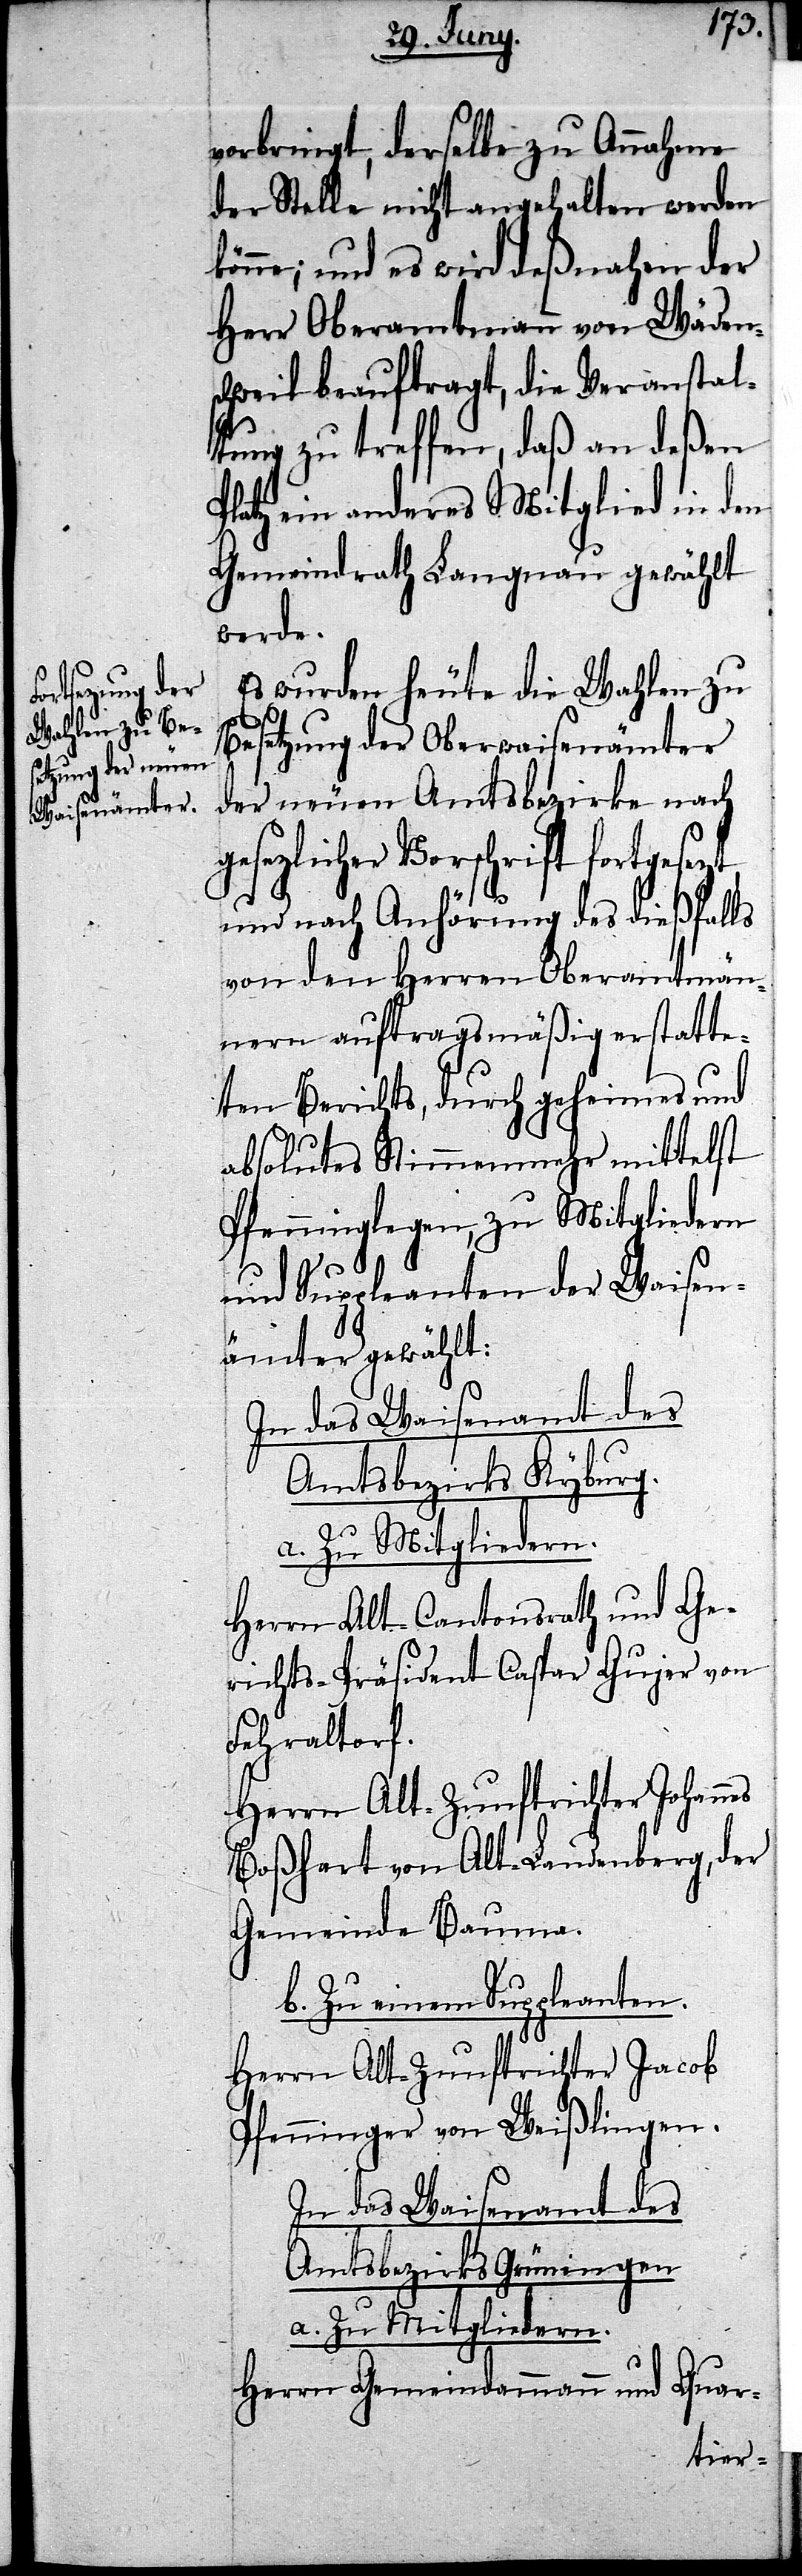
vorbringt, derselbe zu Annahme
der Stelle nicht angehalten werden
könne; und es wird deßnahen der
Herr Oberamtmann von Wädens¬
chweil beauftragt, die Veranstal¬
tung zu treffen, daß an deßen
Platz ein anderes Mitglied in den
Gemeindrath Langnau gewählt
werde.
Es wurden heute die Wahlen zu
t,
Besetzung der Oberwaisenämter
der neuen Amtsbezirke nach
gesezlicher Vorschrift fortgesez¬
und nach Anhörung des dießfalls
von den Herren Oberamtmän¬
nern auftragsgemäß erstatte¬
ten Berichts, durch geheimes und
absolutes Stimmenmehr mittelst
Pfenninglegen, zu Mitgliedern
und Suppleanten der Waisen¬
ämter gewählt:
In das Waisenamt des
Amtsbezirks Kyburg.
a. Zu Mitgliedern.
Herrn Alt-Cantonsrath und Ge¬
richts-Präsident Caspar Gujer von
Fehraltorf.
Herrn Alt-Zunftrichter Johannes
Boßhart von Alt-Landenberg, der
Gemeinde Bauma.
b. Zu einem Suppleanten.
Herrn Alt-Zunftrichter Jacob
Pfenninger von Weißlingen.
In das Waisenamt des
Amtsbezirks Grüningen.
a. Zu Mitgliedern.
Quar-
Herrn Gemeindammann und